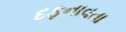
દફનાવતા